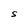
Character: S